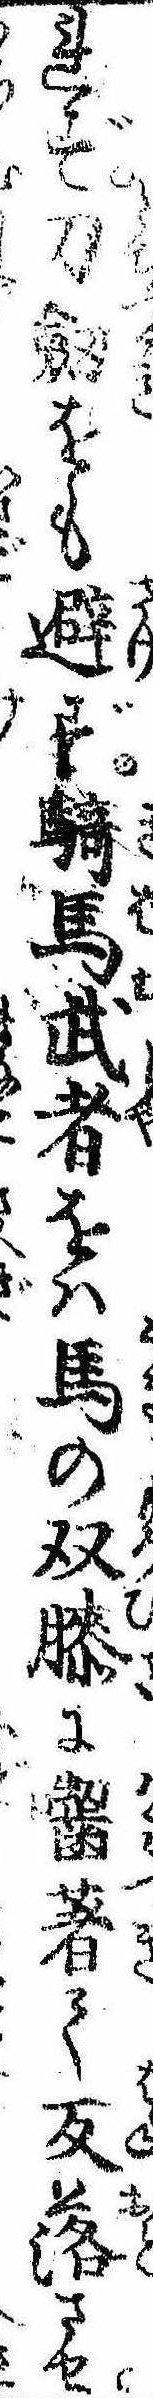
れず刀剣をも避ず騎馬武者をは馬の双膝に囓著て反落させ